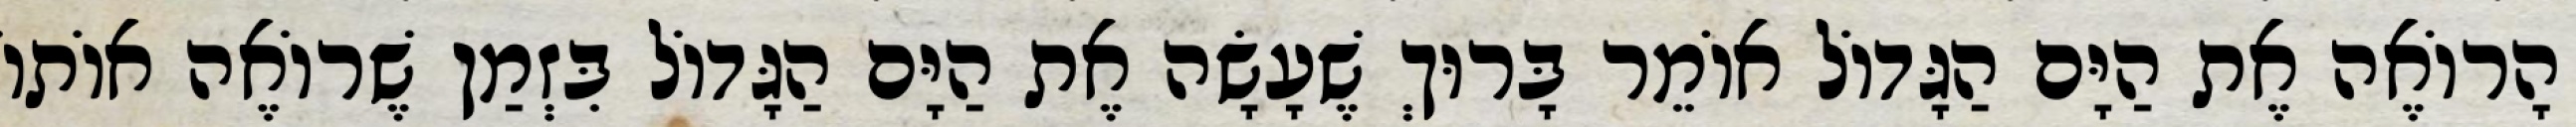
הָרוֹאֶה אֶת הַיָּם הַגָּדוֹל אוֹמֵר בָּרוּךְ שֶׁעָשָׂה אֶת הַיָּם הַגָּדוֹל בִּזְמַן שֶׁרוֹאֶה אוֹתוֹ